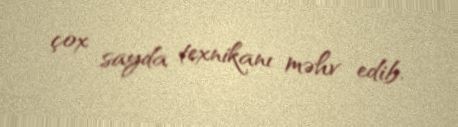
çox sayda texnikanı məhv edib.